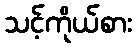
သင့်ကိုယ်စား